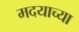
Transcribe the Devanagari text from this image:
मदयाच्या